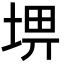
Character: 𡌸